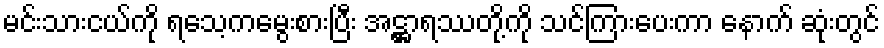
မင်းသားငယ်ကို ရသေ့ကမွေးစားပြီး အဋ္ဌာရဿတို့ကို သင်ကြားပေးကာ နောက် ဆုံးတွင်